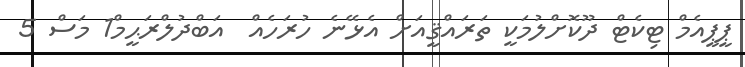
ޕީޕީއެމް ޓިކެޓް ދޫކޮށްލުމަކީ ތަރައްޤީއަށް އެޅޭނެ ހުރަހެއް  އަބްދުލްރަޙީމް1 މަސް 5